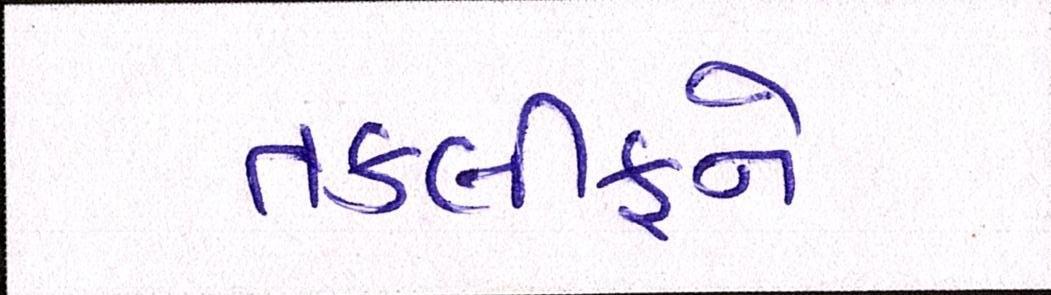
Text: તકલીફને